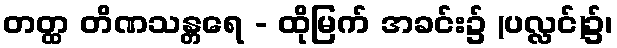
တတ္ထ တိဏသန္တရေ - ထိုမြက် အခင်း၌ (ပလ္လင်)၌၊